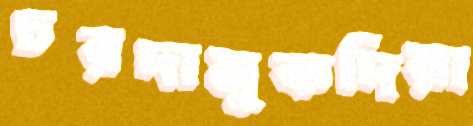
চরদামুকদিয়া